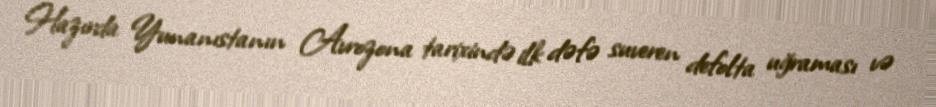
Hazırda Yunanıstanın Avrozona tarixində ilk dəfə suveren defolta uğraması və